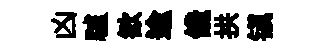
凶驢歓逾饞拱镇